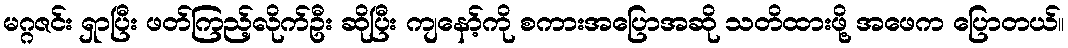
မဂ္ဂဇင်း ရှာပြီး ဖတ်ကြည့်လိုက်ဦး ဆိုပြီး ကျနော့်ကို စကားအပြောအဆို သတိထားဖို့ အဖေက ပြောတယ်။